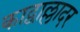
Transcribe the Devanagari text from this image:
काद्वाल्लादर